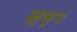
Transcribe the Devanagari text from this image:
सुमुन